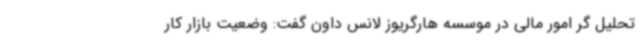
تحلیل گر امور مالی در موسسه هارگریوز لانس داون گفت: وضعیت بازار کار